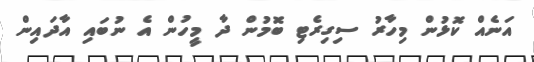
އަނެއް ކޮޅުން މިހާރު ސިގިރެޓި ބޮމުން ދާ މީހުން އެ ނުބައި އާދައިން